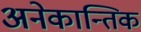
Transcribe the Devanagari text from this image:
अनेकान्तिक